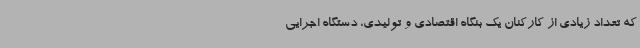
که تعداد زیادی از کارکنان یک بنگاه اقتصادی و تولیدی، دستگاه اجرایی